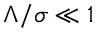
\Lambda / \sigma \ll 1